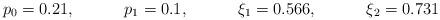
LaTeX: \begin{align*} &p_0 =0.21, && p_1 =0.1, && \xi_1=0.566, && \xi_2=0.731\end{align*}